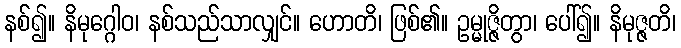
နစ်၍။ နိမုဂ္ဂေါဝ၊ နစ်သည်သာလျှင်။ ဟောတိ၊ ဖြစ်၏။ ဥမ္မုဇ္ဇိတွာ၊ ပေါ်၍။ နိမုဇ္ဇတိ၊